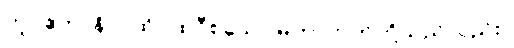
တူ။ ဧတာနိပိ၊ ထိုပထဝီစသော မဟာဘုတ်တို့သည်လည်း။